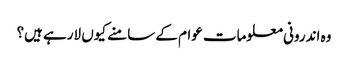
وہ اندرونی معلومات عوام کے سامنے کیوں لارہے ہیں؟